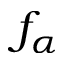
f _ { \alpha }